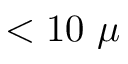
< 1 0 ~ \mu